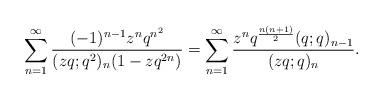
LaTeX: \begin{align*}\sum_{n=1}^{\infty} \frac{(-1)^{n-1} z^n q^{n^2} }{(zq;q^2)_{n} (1-z q^{2n}) } =\sum_{n=1}^{\infty} \frac{z^n q^{ \frac{n(n+1)}{2}} (q;q)_{n-1} }{ (zq; q)_n }.\end{align*}